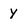
Character: Y